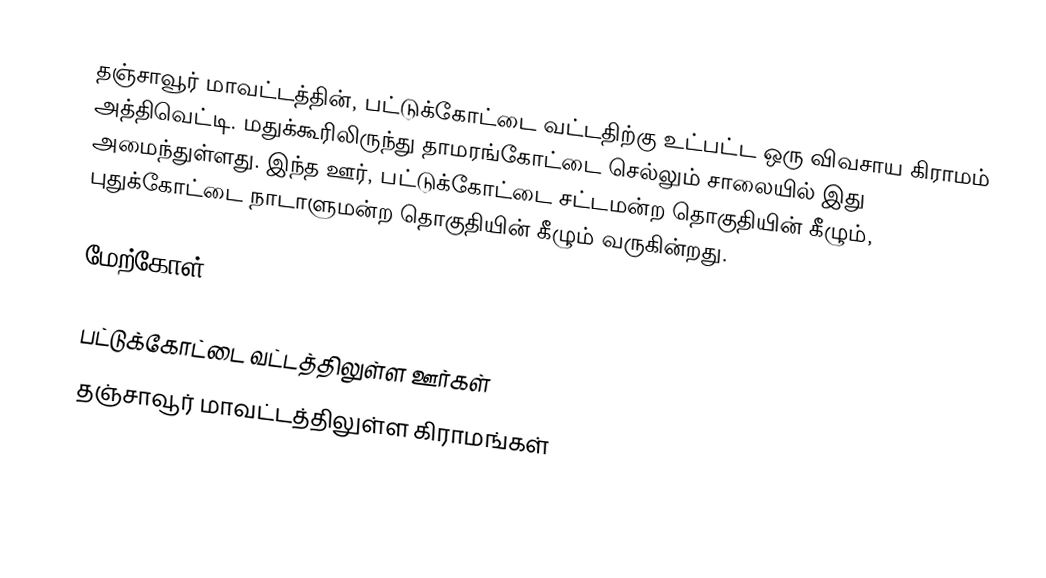
தஞ்சாவூர் மாவட்டத்தின், பட்டுக்கோட்டை வட்டதிற்கு உட்பட்ட ஒரு விவசாய கிராமம் அத்திவெட்டி. மதுக்கூரிலிருந்து தாமரங்கோட்டை செல்லும் சாலையில் இது அமைந்துள்ளது. இந்த ஊர், பட்டுக்கோட்டை சட்டமன்ற தொகுதியின் கீழும், புதுக்கோட்டை நாடாளுமன்ற தொகுதியின் கீழும் வருகின்றது.

மேற்கோள்

பட்டுக்கோட்டை வட்டத்திலுள்ள ஊர்கள்
தஞ்சாவூர் மாவட்டத்திலுள்ள கிராமங்கள்